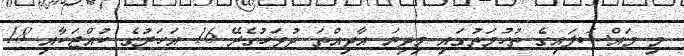
މި މައްސަލައިގެ ތުހުމަތުގައި މިދިޔަ އާދިއްތަ ދުވަހުގެރޭ 16 އަހަރުގެ ކުއްޖަކާއި 18